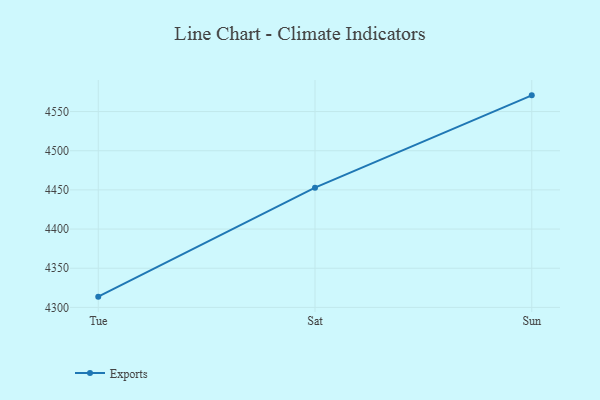
{"axis": {"x": "Day", "y": "Demand Index"}, "legend": ["Exports"], "data": [{"x": "Tue", "y": 4313.7, "type": "Exports"}, {"x": "Sat", "y": 4452.8, "type": "Exports"}, {"x": "Sun", "y": 4570.7, "type": "Exports"}]}